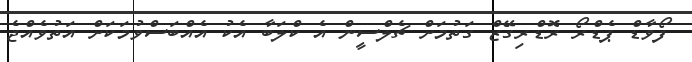
ފޯވާޑް ޕެޑްރޯ ރޮޑްރިގޭޒް ގަތުމަށް ޗެލްސީން އެ ކްލަބާ އެކު އެއްބަސްވުމަކަށް އަތުވެއްޖެ